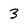
Character: 3